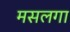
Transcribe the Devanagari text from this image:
मसलगा